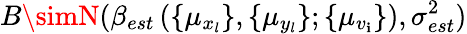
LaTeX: B\simN(\beta_{est}\left(\{ \mu_{x_{l}}\} ,\{ \mu_{y_{l}}\} ;\{ \mu_{v_{\mathbf{i}}}\} \right),\sigma_{est}^{2})